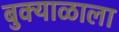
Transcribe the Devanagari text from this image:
बुक्याळाला